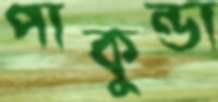
পাকুন্ডা